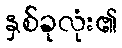
နှစ်ခုလုံး၏